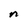
Character: n